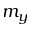
m _ { y }